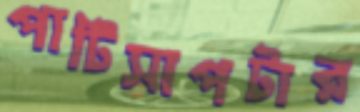
পাটিসাপটার